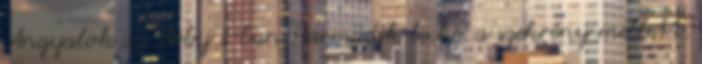
Angyalok az Arby s-ban Harmadik lecke. a szekrény mellett.